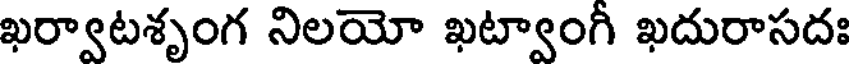
ఖర్వాటశృంగ నిలయో ఖట్వాంగీ ఖదురాసదః